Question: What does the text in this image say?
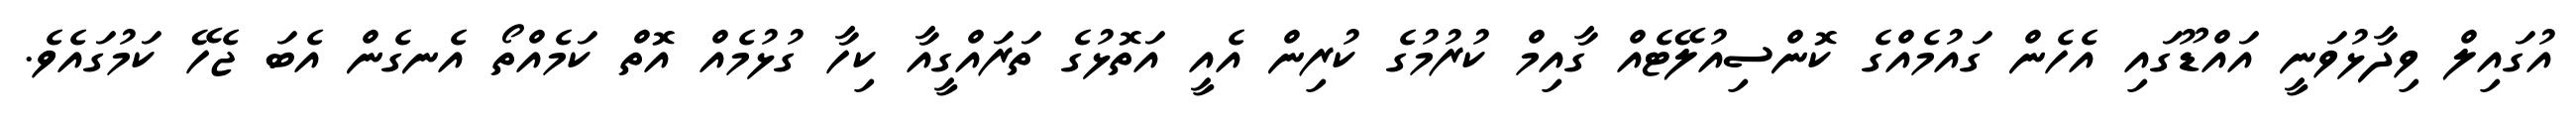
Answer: އުގައިލް ވިދާޅުވަނީ އައްޑޫގައި އެހެން ގައުމެއްގެ ކޮންސިއުލޭޓެއް ގާއިމް ކުރުމުގެ ކުރިން އެއީ އަތޮޅުގެ ތަރައްގީއާ ކިހާ ގުޅުމެއް އޮތް ކަމެއްތޯ އެނގެން އެބަ ޖެހޭ ކަމުގައެވެ.